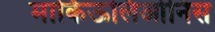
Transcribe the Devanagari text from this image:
मार्किऊलिओनिस